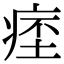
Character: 𤷁